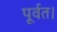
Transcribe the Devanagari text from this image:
पूर्वत।